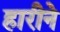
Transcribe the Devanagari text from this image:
हारीने